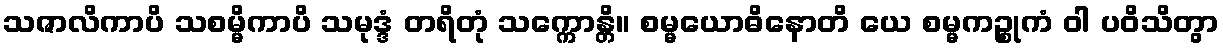
သဇာလိကာပိ သစမ္မိကာပိ သမုဒ္ဒံ တရိတုံ သက္ကောန္တိ။ စမ္မယောဓိနောတိ ယေ စမ္မကဉ္စုကံ ဝါ ပဝိသိတွာ